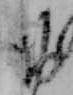
お